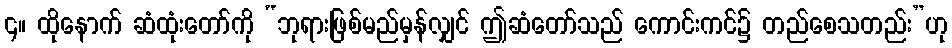
၄။ ထိုနောက် ဆံထုံးတော်ကို “ဘုရားဖြစ်မည်မှန်လျှင် ဤဆံတော်သည် ကောင်းကင်၌ တည်စေသတည်း”ဟု